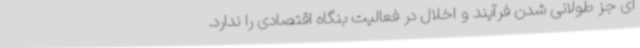
ای جز طولانی شدن فرآیند و اخلال در فعالیت بنگاه اقتصادی را ندارد.